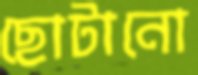
ছোটানো